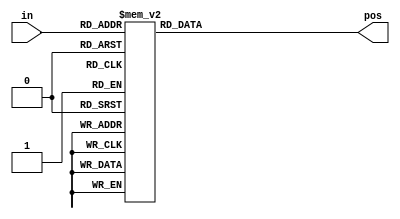
// This program was cloned from: https://github.com/matthlud/HDLBits
// License: Apache License 2.0

// synthesis verilog_input_version verilog_2001
module top_module (
    input [3:0] in,
    output reg [1:0] pos  );
	    always@(*) begin  // This is a combinational circuit
            case (in)
      0 : pos = 0;
      1 : pos = 0;
      2 : pos = 1;
      3 : pos = 0;
      4 : pos = 2;
      5 : pos = 0;
      6 : pos = 1;
      7 : pos = 0;
      8 : pos = 3;
      9 : pos = 0;
      10: pos = 1;
      11: pos = 0;
      12: pos = 2;
      13: pos = 0;
      14: pos = 1;
      15: pos = 0;
      default : pos = 0;
    endcase
    end
	
endmodule